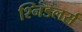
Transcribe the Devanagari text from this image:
श्निडलर्स